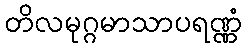
တိလမုဂ္ဂမာသာပရဏ္ဏံ